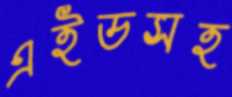
এইডসহ